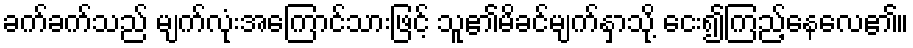
ခက်ခက်သည် မျက်လုံးအကြောင်သားဖြင့် သူ၏မိခင်မျက်နှာသို့ ငေး၍ကြည့်နေလေ၏။